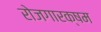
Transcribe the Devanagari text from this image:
रोजगारक्षम